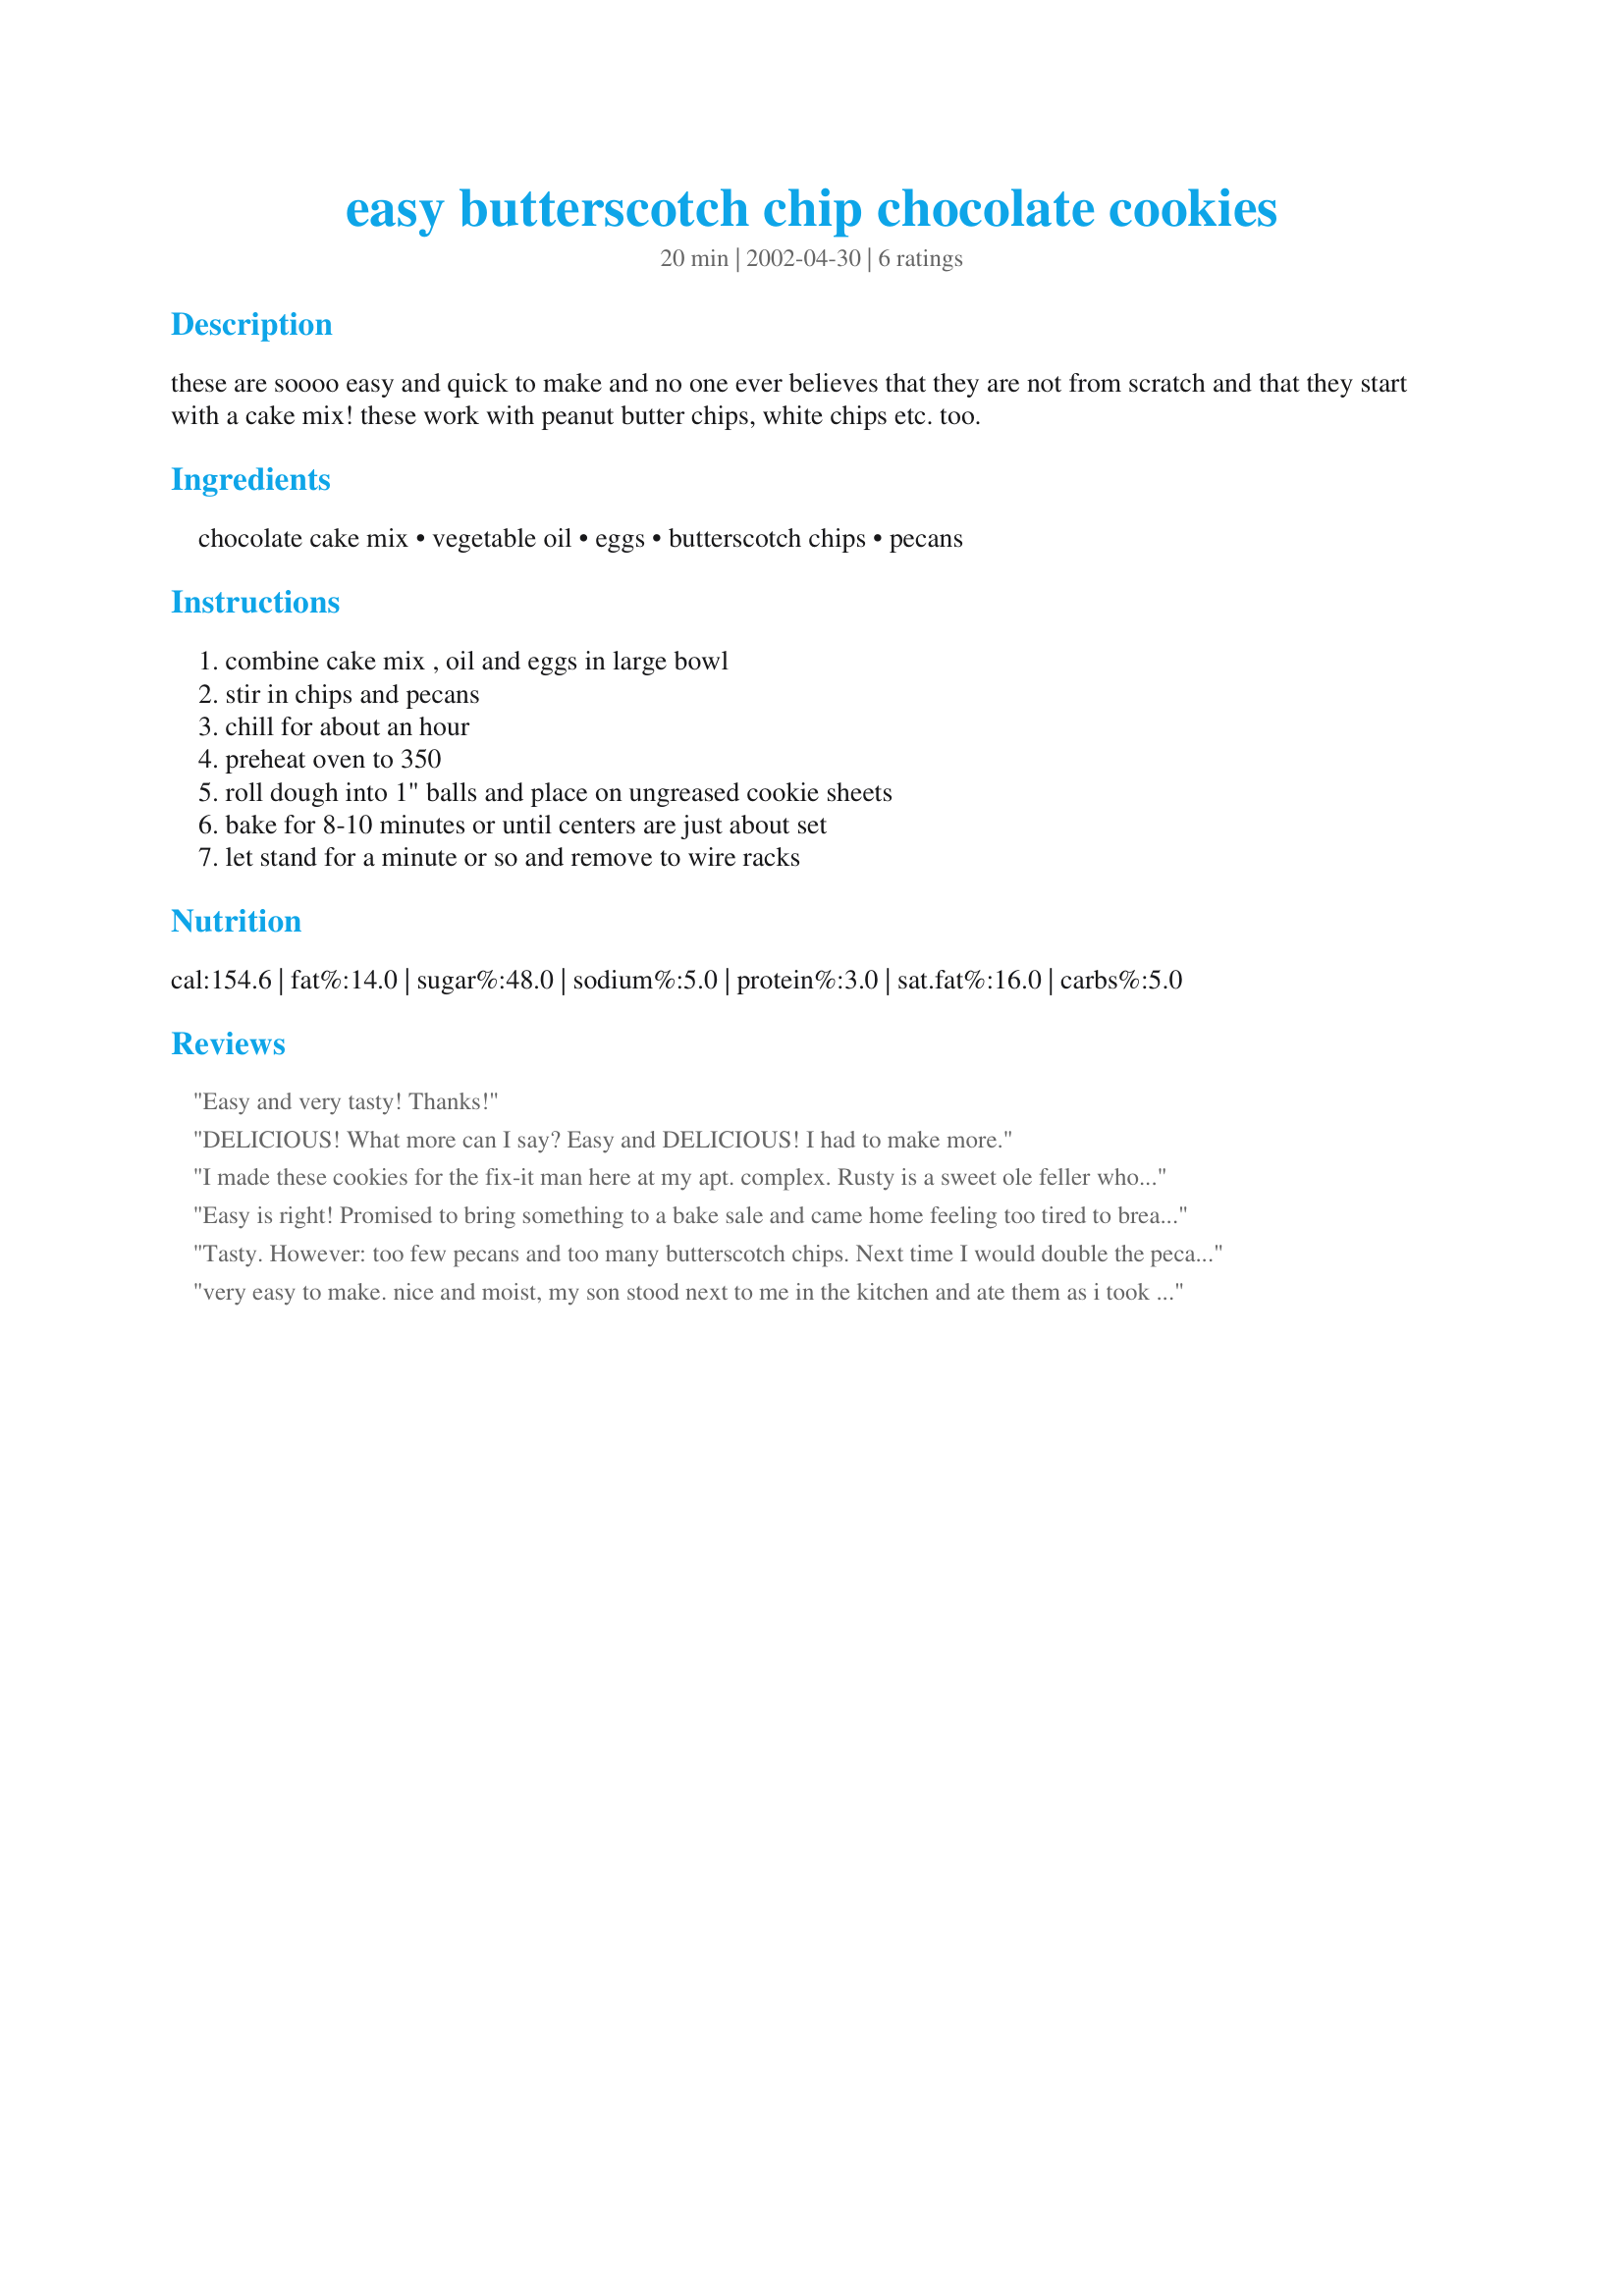
easy butterscotch chip chocolate cookies
Preparation time: 20 minutes

these are soooo easy and quick to make and no one ever believes that they are not from scratch and that they start with a cake mix! these work with peanut butter chips, white chips etc. too.

Ingredients:
chocolate cake mix, vegetable oil, eggs, butterscotch chips, pecans

Steps:
combine cake mix , oil and eggs in large bowl, stir in chips and pecans, chill for about an hour, preheat oven to 350, roll dough into 1" balls and place on ungreased cookie sheets, bake for 8-10 minutes or until centers are just about set, let stand for a minute or so and remove to wire racks

Reviews:
Easy and very tasty! Thanks!
DELICIOUS! What more can I say? Easy and DELICIOUS! I had to make more.
I made these cookies for the fix-it man here at my apt. complex. Rusty is a sweet ole feller who really needs to retire because he has major heart problems and is in and out of the hospital about as much as me. I think sometimes fixing things around here, tho, keeps him going. So, I made him a batch of these cookies and put a big bow on 'em and he was thrilled. Thanks for an easy recipe for a dear man.
Easy is right! Promised to bring something to a bake sale and came home feeling too tired to break out the mixer and starting something from scratch. The final cookies were delicious and I trully doubt anyone will know that a few corners were cut. The pecans really make the chocolate and butterscotch come together so don't skip them -- tosted mine first which heightened their flavor.
Tasty. However: too few pecans and too many butterscotch chips. Next time I would double the pecans and use half the recommended chips. It was difficult to shape the dough into balls because there were so many chips in the batter... and I only used 1 & 1/2 cups of chips!
very easy to make. nice and moist, my son stood next to me in the kitchen and ate them as i took them off the cookie sheet. thanks karen!
